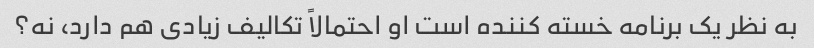
به نظر یک برنامه خسته کننده است او احتمالاً تکالیف زیادی هم دارد، نه؟